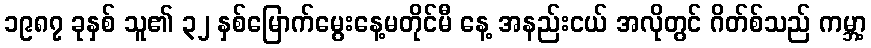
၁၉၈၇ ခုနှစ် သူ၏ ၃၂ နှစ်မြောက်မွေးနေ့မတိုင်မီ နေ့ အနည်းငယ် အလိုတွင် ဂိတ်စ်သည် ကမ္ဘာ့